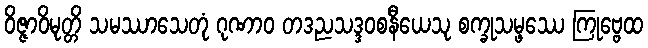
ဝိဇ္ဇာဝိမုတ္တိ သမဿာသေတုံ ဂုဏာဝ တဒညသဒ္ဒဝစနီယေသု စက္ခုသမ္ဖဿေ ကြုဗ္ဗေထ